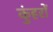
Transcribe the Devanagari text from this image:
कुंहरों